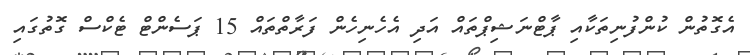
އެގޮތުން ކުންފުނިތަކާއި ޕާޓްނަޝިޕްތައް އަދި އެހެނިހެން ފަރާތްތައް 15 ޕަސެންޓް ޓެކްސް ގޮތުގައި